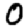
Digit: 0